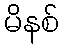
မိနစ်